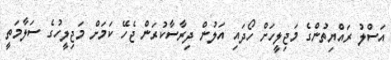
އަސްލު ރައްޔިތުންގެ މަޖިލީހަށް ހޯދައި އަލުން ދިރާސާކުރަން ޖެހޭ ކަމަށް މަޖިލީހުގެ ސަލާމަތީ